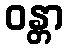
ဝန္တာ